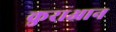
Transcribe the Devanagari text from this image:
कुराआन